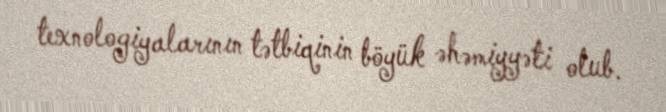
texnologiyalarının tətbiqinin böyük əhəmiyyəti olub.